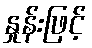
နှုန်းဖြင့်